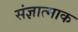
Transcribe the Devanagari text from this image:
संज्ञात्माक